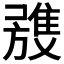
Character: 𲉭